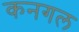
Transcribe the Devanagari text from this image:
कनगल